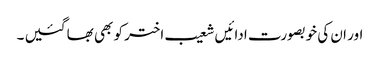
اور ان کی خوبصورت ادائیں شعیب اختر کو بھی بھا گئیں ۔